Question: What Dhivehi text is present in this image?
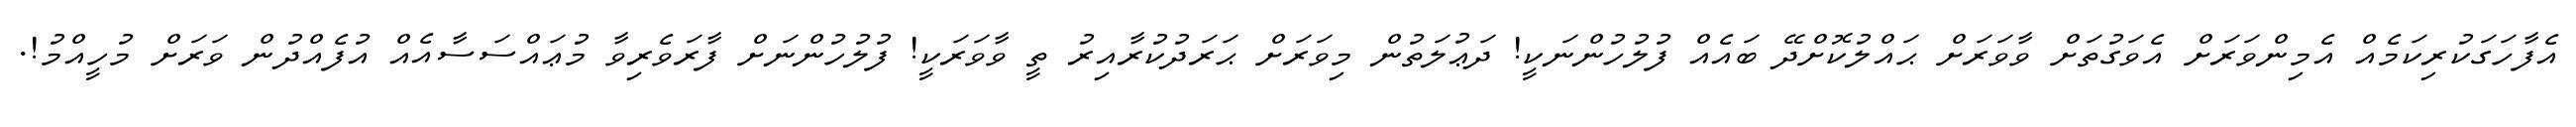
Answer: އެފާހަގަކުރިކަމެއް އެމިންވަރަށް އެވަގުތަށް ވާވަރަށް ޙައްލުކޮށްދޭ ބައެއް ފުލުހުންނަކީ! ދަޢުލަތުން މިވަރަށް ޙަރަދުކުރާއިރު ތީ ވާވަރަކީ! ފުލުހުންނަށް ފާރަވެރިވާ މުޢައްސަސާއެއް އުފެއްދުން ވަރަށް މުހީއްމު!.